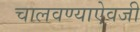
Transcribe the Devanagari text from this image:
चालवण्याऐवजी